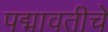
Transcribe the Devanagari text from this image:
पद्मावतीचे